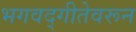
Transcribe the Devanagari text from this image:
भगवद्गीतेवरून